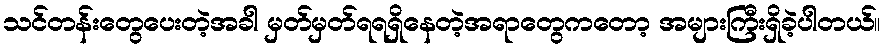
သင်တန်းတွေပေးတဲ့အခါ မှတ်မှတ်ရရရှိနေတဲ့အရာတွေကတော့ အများကြီးရှိခဲ့ပါတယ်။